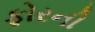
ફોરની